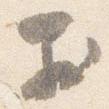
於